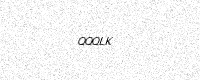
Text: QQQLK